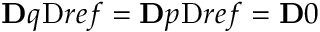
\ensuremath Ḋ \mathbf Ḋ q Ḍ Ḍ _ { Ḋ } \mathrm { Ḋ } r e f Ḍ Ḍ = \ensuremath Ḋ \mathbf Ḋ p Ḍ Ḍ _ { Ḋ } \mathrm { Ḋ } r e f Ḍ Ḍ = \ensuremath Ḋ \mathbf Ḋ 0 Ḍ Ḍ